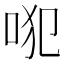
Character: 𠱍